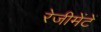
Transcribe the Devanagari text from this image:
रेजीमेंटें